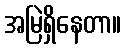
အမြဲရှိနေတာ။